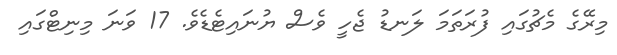
މިރޭގެ މެޗުގައި ފުރަތަމަ ލަނޑު ޖެހީ ވެސް ޔުނައިޓެޑެވެ. 17 ވަނަ މިނިޓްގައި